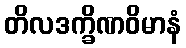
တိလဒက္ခိဏဝိမာနံ